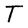
Character: T